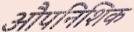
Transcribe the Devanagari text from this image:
औपनिशिक